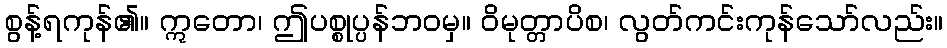
စွန့်ရကုန်၏။ ဣတော၊ ဤပစ္စုပ္ပန်ဘဝမှ။ ဝိမုတ္တာပိစ၊ လွတ်ကင်းကုန်သော်လည်း။